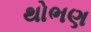
થોભણ